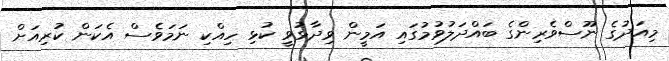
މިއަދުގެ ނޫސްވެރިންގެ ބައްދަލުވުމުގައި އަމީން ވިދާޅުވީ ކުޅި ހިއްކި ނަމަވެސް އެކަން ކުރިއަށް